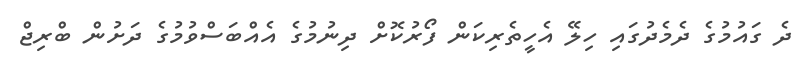
ދެ ގައުމުގެ ދެމެދުގައި ހިލޭ އެހީތެރިކަން ފޯރުކޮށް ދިނުމުގެ އެއްބަސްވުމުގެ ދަށުން ބްރިޖް